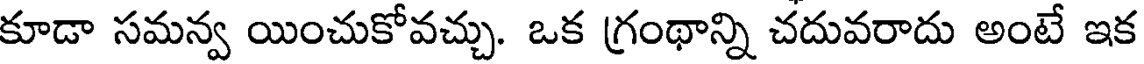
కూడా సమన్వ యించుకోవచ్చు. ఒక గ్రంథాన్ని చదువరాదు అంటే ఇక